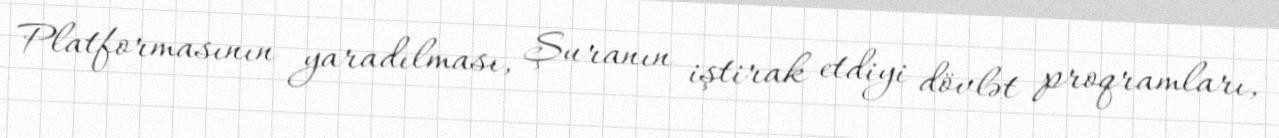
Platformasının yaradılması, Şuranın iştirak etdiyi dövlət proqramları,